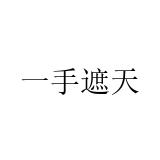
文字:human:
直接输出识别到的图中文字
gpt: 一手遮天